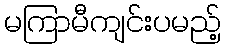
မကြာမီကျင်းပမည့်